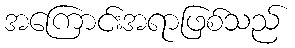
အကြောင်းအရာဖြစ်သည်